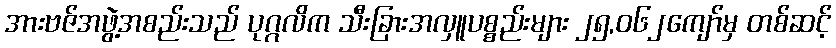
အားဗဇ်အဖွဲ့အစည်းသည် ပုဂ္ဂလိက သီးခြားအလှူပစ္စည်းများ ၂၅,၀၆၂ကျော်မှ တစ်ဆင့်